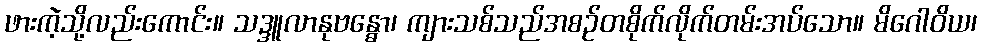
ဖားကဲ့သို့လည်းကောင်း။ သဒ္ဒူလာနုဗန္ဓော၊ ကျားသစ်သည်အစဉ်တစိုက်လိုက်တမ်းအပ်သော။ မိဂေါဝိယ၊